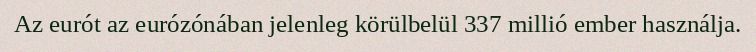
Az eurót az eurózónában jelenleg körülbelül 337 millió ember használja.